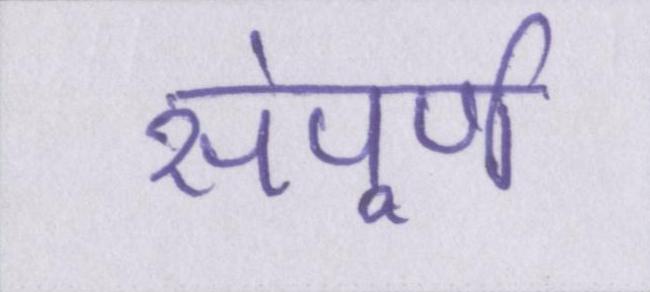
संपूर्ण